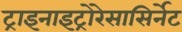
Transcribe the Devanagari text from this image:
ट्राइनाइट्रोरेसासिर्नेट